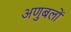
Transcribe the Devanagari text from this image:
अणुबलों